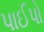
પાઈપો